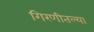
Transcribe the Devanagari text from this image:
गिरणीतल्या